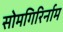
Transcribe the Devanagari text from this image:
सोमगिरिर्नाम